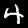
Digit: 4